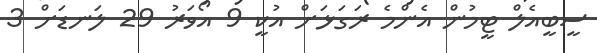
ސީބީއެލް ޓީމުން އެންމެ ރަގަޅަށް އުކީ 9 އޯވަރު 29 ލަނޑަށް 3